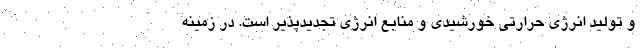
و تولید انرژی حرارتی خورشیدی و منابع انرژی تجدیدپذیر است. در زمینه